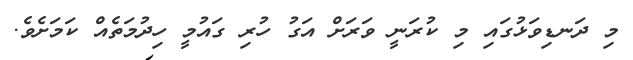
މި ދަނޑިވަޅުގައި މި ކުރަނީ ވަރަށް އަގު ހުރި ގައުމީ ހިދުމަތެއް ކަމަށެވެ.